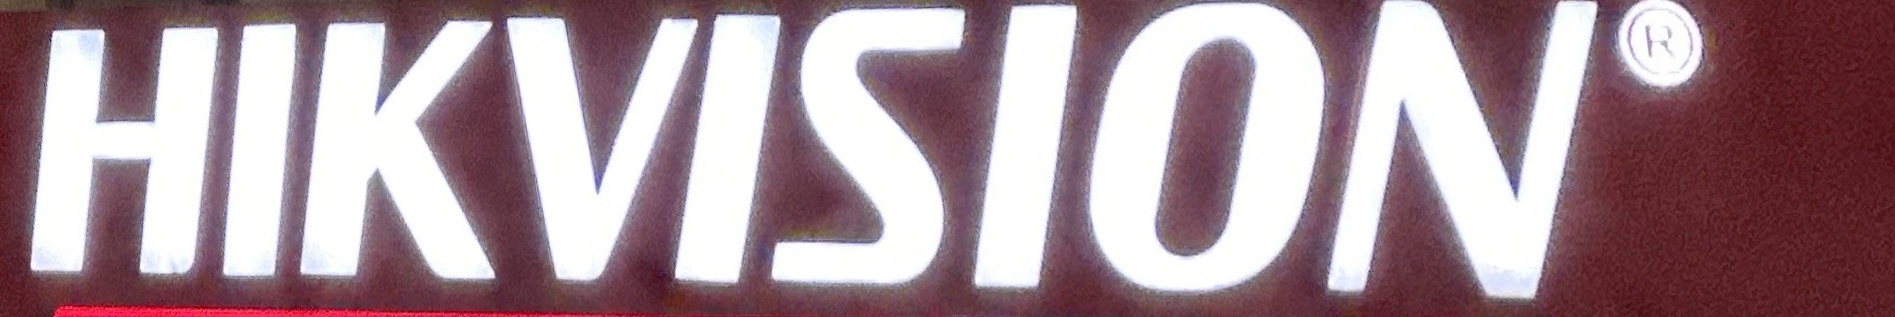
HIKVSION